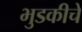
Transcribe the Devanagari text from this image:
भुडकीचे